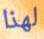
لهذا